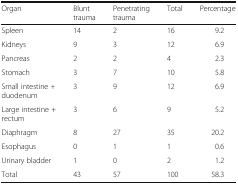
<table><thead><tr><td><b>Organ</b></td><td><b>Blunt trauma</b></td><td><b>Penetrating trauma</b></td><td><b>Total</b></td><td><b>Percentage</b></td></tr></thead><tbody><tr><td>Spleen</td><td>14</td><td>2</td><td>16</td><td>9.2</td></tr><tr><td>Kidneys</td><td>9</td><td>3</td><td>12</td><td>6.9</td></tr><tr><td>Pancreas</td><td>2</td><td>2</td><td>4</td><td>2.3</td></tr><tr><td>Stomach</td><td>3</td><td>7</td><td>10</td><td>5.8</td></tr><tr><td>Small intestine <i>+</i> duodenum</td><td>3</td><td>9</td><td>12</td><td>6.9</td></tr><tr><td>Large intestine + rectum</td><td>3</td><td>6</td><td>9</td><td>5.2</td></tr><tr><td>Diaphragm</td><td>8</td><td>27</td><td>35</td><td>20.2</td></tr><tr><td>Esophagus</td><td>0</td><td>1</td><td>1</td><td>0.6</td></tr><tr><td>Urinary bladder</td><td>1</td><td>0</td><td>2</td><td>1.2</td></tr><tr><td>Total</td><td>43</td><td>57</td><td>100</td><td>58.3</td></tr></tbody></table>